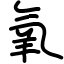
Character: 氧